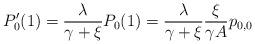
LaTeX: \begin{align*}P'_{0}(1) = \frac{\lambda}{\gamma + \xi}P_{0}(1) = \frac{\lambda}{\gamma + \xi} \frac{\xi}{\gamma A}p_{0,0} \end{align*}